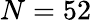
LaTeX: N=52